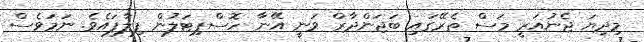
މިދިޔަ ޖެނުއަރީ މަސް ތެރޭގައި ބަޖަންދާރް ވަނީ އޭނާ ހޮސްޕިޓަލުން ފިލާފައެވެ. ނަމަވެސް